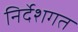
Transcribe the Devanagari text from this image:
निर्देशगत